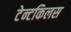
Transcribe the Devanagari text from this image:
टेन्टकिलस